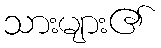
သားများ၏